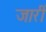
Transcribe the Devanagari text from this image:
जारीं